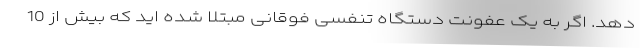
دهد. اگر به یک عفونت دستگاه تنفسی فوقانی مبتلا شده اید که بیش از 10